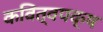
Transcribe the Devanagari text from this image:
कवित्वपक्ष